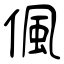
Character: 偑